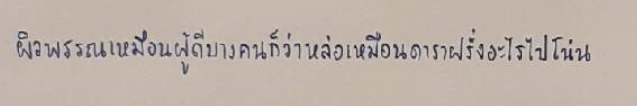
ผิวพรรณเหมือนผู้ดีบางคนก็ว่าหล่อเหมือนดาราฝรั่งอะไรไปโน่น